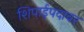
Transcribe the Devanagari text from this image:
शिपाईपदावर